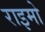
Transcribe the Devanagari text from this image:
राइमो